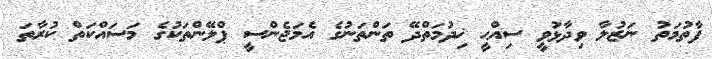
ފާތުމަތު ނަޒުލާ ވިދާޅުވީ ސިއްޙީ ޚިދުމަތްދޭ ތަންތަނުގެ އެމަޖެންސީ ޕްލޭންތަކުގެ މަސައްކަތް ކުރާތަ